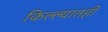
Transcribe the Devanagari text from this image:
किल्ल्यातही